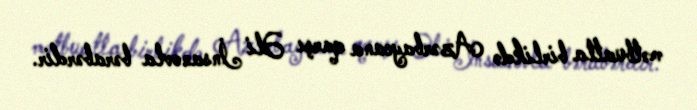
mətbuatla birlikdə Azərbaycana qarşı Əli İnsanovla bərabərdir.